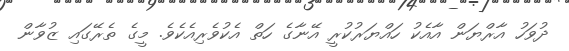
ދުވަހު އާރްޔަން އާއެކު ހައްޔަރުކުރީ އޭނާގެ ހަތް އެކުވެރިއެކެވެ. މީގެ ތެރޭގައި ޒުވާން